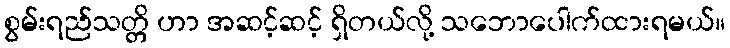
စွမ်းရည်သတ္တိ ဟာ အဆင့်ဆင့် ရှိတယ်လို့ သဘောပေါက်ထားရမယ်။